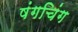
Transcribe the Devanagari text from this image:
षंगचिंग